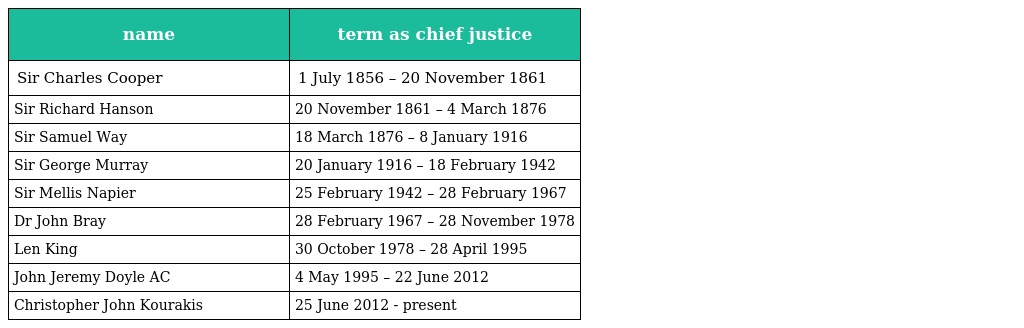
| name | term as chief justice |
 | --- | --- |
 | Sir Charles Cooper | 1 July 1856 – 20 November 1861 |
 | Sir Richard Hanson | 20 November 1861 – 4 March 1876 |
 | Sir Samuel Way | 18 March 1876 – 8 January 1916 |
 | Sir George Murray | 20 January 1916 – 18 February 1942 |
 | Sir Mellis Napier | 25 February 1942 – 28 February 1967 |
 | Dr John Bray | 28 February 1967 – 28 November 1978 |
 | Len King | 30 October 1978 – 28 April 1995 |
 | John Jeremy Doyle AC | 4 May 1995 – 22 June 2012 |
 | Christopher John Kourakis | 25 June 2012 - present |